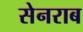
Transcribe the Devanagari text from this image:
सेनराब